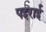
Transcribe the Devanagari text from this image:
पइराई